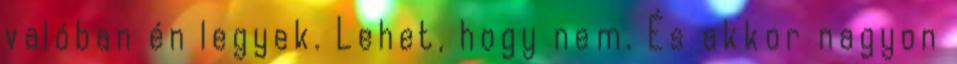
valóban én legyek. Lehet, hogy nem. És akkor nagyon